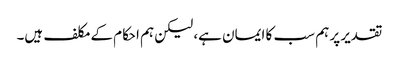
تقدیر پر ہم سب کا ایمان ہے، لیکن ہم احکام کے مکلف ہیں۔